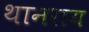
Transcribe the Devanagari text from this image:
थानराय